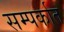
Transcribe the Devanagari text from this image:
सम्पर्कात